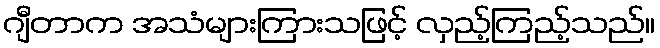
ဂျီတာက အသံများကြားသဖြင့် လှည့်ကြည့်သည်။